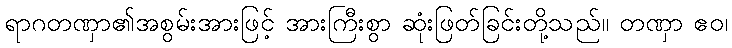
ရာဂတဏှာ၏အစွမ်းအားဖြင့် အားကြီးစွာ ဆုံးဖြတ်ခြင်းတို့သည်။ တဏှာ ဧဝ၊